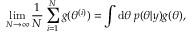
\operatorname* { l i m } _ { N \rightarrow \infty } \frac { 1 } { N } \sum _ { i = 1 } ^ { N } g ( \theta ^ { ( i ) } ) = \int \mathrm { d } \theta \: p ( \theta | y ) g ( \theta ) ,